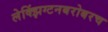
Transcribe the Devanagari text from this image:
लेक्झिंग्टनबरोबरच